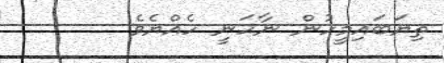
ތިޔަބައިމީހުން ނާހަނީ ހެއްޔެވެ